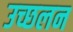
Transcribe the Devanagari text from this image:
उच्छलन